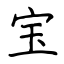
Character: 宝